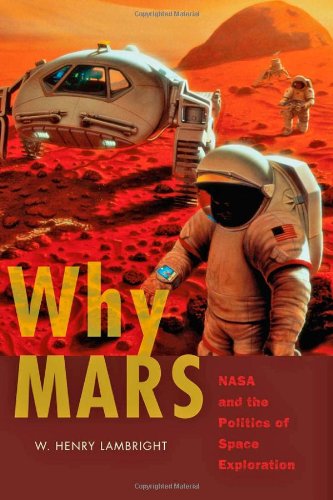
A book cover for Why Mars: NASA and the Politics of Space Exploration (New Series in NASA History); W. Henry Lambright; Science & Math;